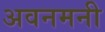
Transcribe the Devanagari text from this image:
अवनमनी